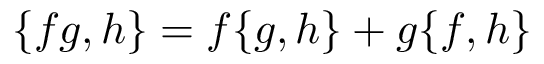
\{ f g , h \} = f \{ g , h \} + g \{ f , h \}